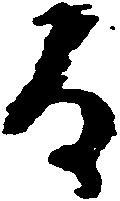
為